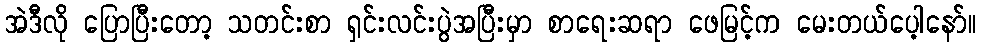
အဲဒီလို ပြောပြီးတော့ သတင်းစာ ရှင်းလင်းပွဲအပြီးမှာ စာရေးဆရာ ဖေမြင့်က မေးတယ်ပေ့ါနော်။